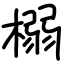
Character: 榒